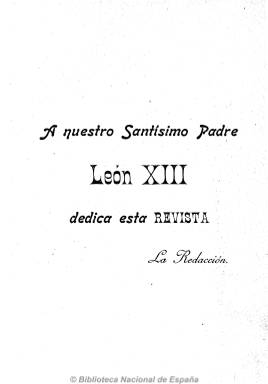
Título: Revista ibero-americana de ciencias eclesiásticas
Otros títulos: Revista ibero americana de ciencias eclesiásticas || Revista ibero americana de ciencias eclesiásticas
Colección: Religión
Ámbito geográfico: Madrid
Lugar de publicación: Madrid
Fechas: 01/01/1901-31/12/1903

Fundada y dirigida por el joven sacerdote y filólogo Donaciano Martínez Vélez con el objetivo de unir, siguiendo los acuerdos del Congreso Católico de Burgos, las fuerzas del catolicismo español e hispanoamericano. En su artículo de presentación, dirá que su programa “es el de un humilde obrero”, por lo que “trabajaremos por la gloria de Dios y por la salvación de las almas, por el bien de la humanidad y de la patria; por la honra de esta raza iberoaméricana… que siempre será la raza de los grandes destinos”. Su principal vindicación será la “honra del clero”, al que considera injustamente vilipendiado por su escasez intelectual. No será órgano de ninguna congregación religiosa, quedando la revista dedicada al pontífice León XIII.

Su propósito será servir a los religiosos españoles y americanos como medio de reunificación de criterios para una mejor labor conjunta hacia la unidad católica hispana, según palabras de Isidoro Sepúlveda Muñoz, por lo que hará una decidida defensa del catolicismo con pretensiones panhispanistas, siendo calificada de revista seria e instructiva.

Aparece en enero de 1901, con una periodicidad mensual, en entregas de casi un centenar de páginas y paginación continuada. Y al año siguiente anuncia que su frecuencia será quincenal, con una entrega los días uno de cada mes, de 112 páginas, y otra los días 15, de 32 páginas. Incluye crónicas de actualidad, general y americana, así como artículos doctrinales, teológicos, canónicos, biográficos, bíblicos, filosóficos, lingüísticos, históricos, de ciencias sociales y naturales, y hasta de física y química. También  publica artículos de historia y crítica literaria y alguna teatral, tanto de obras clásicas como modernas, y cuenta con secciones de bibliografía, revista de revistas y miscelánea. Da cabida también a documentos eclesiásticos (encíclicas, pastorales, cartas, instrucciones, etc.), y a los nombramientos eclesiásticos. También sus páginas da cobijo a  textos de creación literaria, tanto de narrativa como poética, y a alguna crítica artística. Inserta algunas ilustraciones.

La pretensión de su director y administrador fue contar con un gran plantel de colaboradores eclesiásticos y seglares, según revela su correspondencia solicitando la colaboración de Marcelino Menéndez y Pelayo, de quien reproducirá algún texto. Contará con firmas de obispos de ambos lados del océano, de presbíteros, canónigos, profesores de seminarios y otros eclesiásticos y religiosos eruditos, entre las que se encuentran las de los padres Blanco García, Luis G. Alonso Getino o M. Bordoy Torrents. Destaca la del presbítero e historiador literario Julio Cejador y Frauca, a través de estudios lingüísticos y de crítica, así como la de Jacinto Verdaguer, y las de Federico Rubio, J.M. Ortí y Lara, Miguel Mir o la del propio Santiago Ramón y Cajal, que llega a publicar uno sobre medicina.

La desaparición de la revista en 1903 se debe al fallecimiento prematuro, a los 29 años de edad, de su director, el burgalés Martínez Vélez, quien ya había traducido del griego varios manuscritos hipocráticos. Su labor fue continuada por la revista quincenal España y América (1903-1927), editada por los agustinos españoles. La colección de la Biblioteca Nacional de España está formada por cinco tomos, algunos de los cuales insertan índices al final.